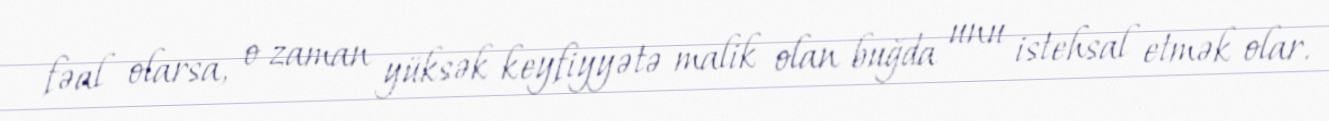
fəal olarsa, o zaman yüksək keyfiyyətə malik olan buğda unu istehsal etmək olar.